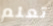
تعلم